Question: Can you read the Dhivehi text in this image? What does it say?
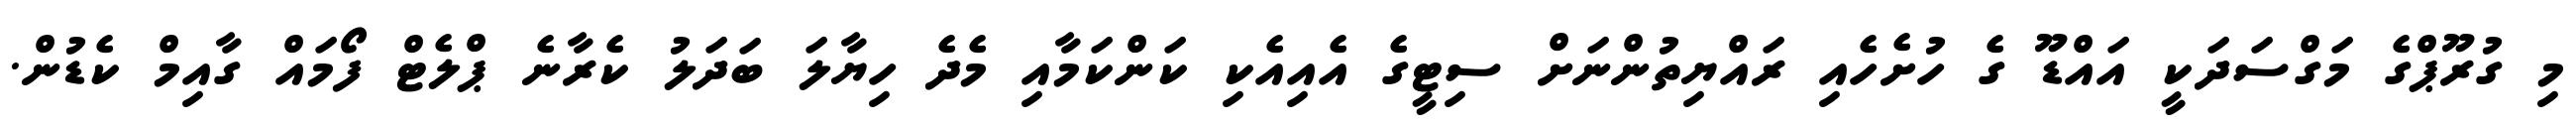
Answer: މި ގުރޫޕްގެ މަގްސަދަކީ އައްޑޫ ގެ ހުށެހެއި ރައްޔިތުންނަށް ސިޓީގެ އެއިއެކި ކަންކަމާއި މެދެ ހިޔާލަ ބަދަލު ކެރާނެ ޕްލެޓް ފޯމައް ގާއިމް ކެޑުން.